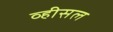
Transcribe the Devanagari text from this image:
व्हीसल